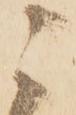
ニ